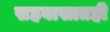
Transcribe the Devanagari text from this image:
सहवासातही